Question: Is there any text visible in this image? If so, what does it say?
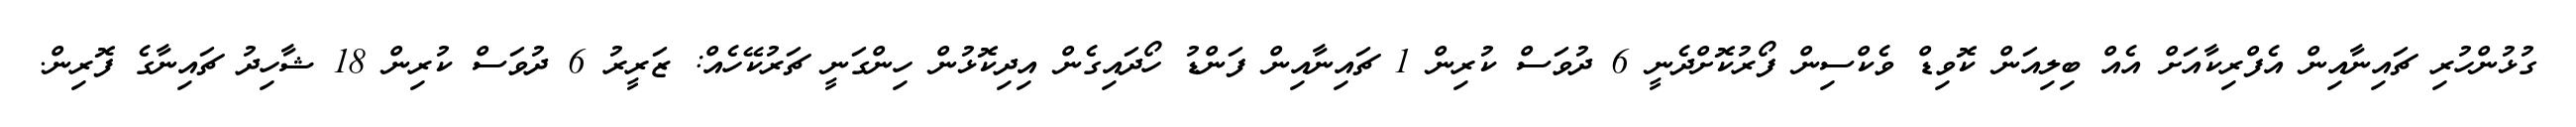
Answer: ގުޅުންހުރި ޗައިނާއިން އެފްރިކާއަށް އެއް ބިލިއަން ކޮވިޑް ވެކްސިން ފޯރުކޮށްދެނީ 6 ދުވަސް ކުރިން 1 ޗައިނާއިން ފަންޑު ހޯދައިގެން އިދިކޮޅުން ހިންގަނީ ޗަރުކޭހެއް: ޒަރީރު 6 ދުވަސް ކުރިން 18 ޝާހިދު ޗައިނާގެ ފޮރިން.